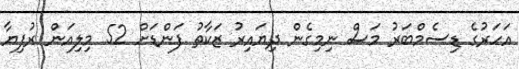
އަހަރުގެ ޑިސެމްބަރު މަސް ނިމިގެން ދިޔައިރު ޒަކާތު ފަންޑަށް 52 މިލިއަން ރުފިޔާ